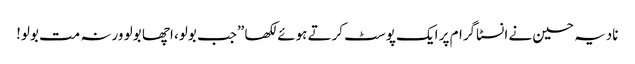
نادیہ حسین نے انسٹاگرام پر ایک پوسٹ کرتے ہوئے لکھا ”جب بولو، اچھا بولو ورنہ مت بولو!